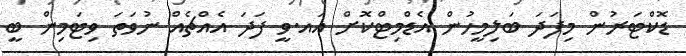
ޑޮކްޓަރުން މިފަދަ ބަލިމީހުން އެޑްމިޓްކޮށް އައ.ވީ ފަދަ އެއްޗެއް ނުވަތަ ވިޓަމިން ބީ